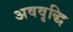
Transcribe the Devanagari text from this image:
अववृद्धि